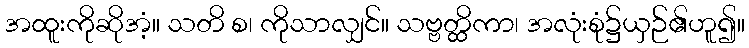
အထူးကိုဆိုအံ့။ သတိ စ၊ ကိုသာလျှင်။ သဗ္ဗတ္ထိကာ၊ အလုံးစုံ၌ယှဉ်၏ဟူ၍။